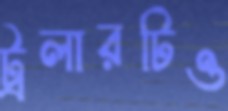
ট্রলারটিও